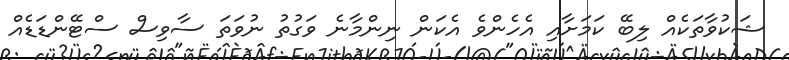
ޝަކުވާތަކެއް ލިބޭ ކަމަށާއި އެހެންވެ އެކަން ނިންމާނެ ވަގުތު ނުވަތަ ސާވިސް ސްޓޭންޑަޑެއް